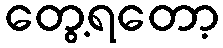
တွေ့ရတော့